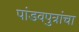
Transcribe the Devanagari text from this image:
पांडवपुत्रांचा